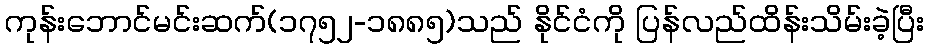
ကုန်းဘောင်မင်းဆက်(၁၇၅၂-၁၈၈၅)သည် နိုင်ငံကို ပြန်လည်ထိန်းသိမ်းခဲ့ပြီး